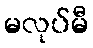
မလုပ်မီ